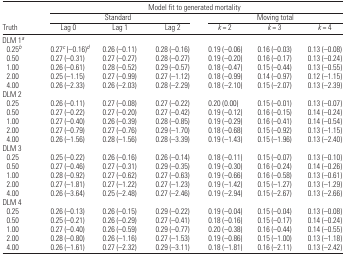
<table><thead><tr><td></td><td colspan="6"><b>Model fit to generated mortality</b></td></tr><tr><td></td><td colspan="3"><b>Standard</b></td><td colspan="3"><b>Moving total</b></td></tr><tr><td><b>Truth</b></td><td><b>Lag 0</b></td><td><b>Lag 1</b></td><td><b>Lag 2</b></td><td><b><i>k</i> = 2</b></td><td><b><i>k</i> = 3</b></td><td><b><i>k</i> = 4</b></td></tr></thead><tbody><tr><td colspan="7">DLM 1a</td></tr><tr><td> 0.25b</td><td>0.27c (−0.16)d</td><td>0.26 (−0.11)</td><td>0.28 (−0.16)</td><td>0.19 (−0.06)</td><td>0.16 (−0.03)</td><td>0.13 (−0.08)</td></tr><tr><td> 0.50</td><td>0.27 (−0.31)</td><td>0.27 (−0.27)</td><td>0.28 (−0.27)</td><td>0.19 (−0.20)</td><td>0.16 (−0.17)</td><td>0.13 (−0.24)</td></tr><tr><td> 1.00</td><td>0.26 (−0.61)</td><td>0.28 (−0.52)</td><td>0.29 (−0.57)</td><td>0.18 (−0.47)</td><td>0.15 (−0.44)</td><td>0.13 (−0.55)</td></tr><tr><td> 2.00</td><td>0.25 (−1.15)</td><td>0.27 (−0.99)</td><td>0.27 (−1.12)</td><td>0.18 (−0.99)</td><td>0.14 (−0.97)</td><td>0.12 (−1.15)</td></tr><tr><td> 4.00</td><td>0.26 (−2.33)</td><td>0.26 (−2.03)</td><td>0.28 (−2.29)</td><td>0.18 (−2.10)</td><td>0.15 (−2.07)</td><td>0.13 (−2.39)</td></tr><tr><td colspan="7">DLM 2</td></tr><tr><td> 0.25</td><td>0.26 (−0.11)</td><td>0.27 (−0.08)</td><td>0.27 (−0.22)</td><td>0.20 (0.00)</td><td>0.15 (−0.01)</td><td>0.13 (−0.07)</td></tr><tr><td> 0.50</td><td>0.27 (−0.22)</td><td>0.27 (−0.20)</td><td>0.27 (−0.42)</td><td>0.19 (−0.12)</td><td>0.16 (−0.15)</td><td>0.14 (−0.24)</td></tr><tr><td> 1.00</td><td>0.27 (−0.40)</td><td>0.26 (−0.39)</td><td>0.28 (−0.85)</td><td>0.19 (−0.29)</td><td>0.16 (−0.41)</td><td>0.14 (−0.54)</td></tr><tr><td> 2.00</td><td>0.27 (−0.79)</td><td>0.27 (−0.76)</td><td>0.29 (−1.70)</td><td>0.18 (−0.68)</td><td>0.15 (−0.92)</td><td>0.13 (−1.15)</td></tr><tr><td> 4.00</td><td>0.26 (−1.56)</td><td>0.28 (−1.56)</td><td>0.28 (−3.39)</td><td>0.19 (−1.43)</td><td>0.15 (−1.96)</td><td>0.13 (−2.40)</td></tr><tr><td colspan="7">DLM 3</td></tr><tr><td> 0.25</td><td>0.25 (−0.22)</td><td>0.26 (−0.16)</td><td>0.26 (−0.14)</td><td>0.18 (−0.11)</td><td>0.15 (−0.07)</td><td>0.13 (−0.10)</td></tr><tr><td> 0.50</td><td>0.27 (−0.46)</td><td>0.27 (−0.31)</td><td>0.29 (−0.35)</td><td>0.19 (−0.30)</td><td>0.16 (−0.24)</td><td>0.14 (−0.26)</td></tr><tr><td> 1.00</td><td>0.28 (−0.92)</td><td>0.27 (−0.62)</td><td>0.27 (−0.63)</td><td>0.19 (−0.66)</td><td>0.16 (−0.58)</td><td>0.13 (−0.61)</td></tr><tr><td> 2.00</td><td>0.27 (−1.81)</td><td>0.27 (−1.22)</td><td>0.27 (−1.23)</td><td>0.19 (−1.42)</td><td>0.15 (−1.27)</td><td>0.13 (−1.29)</td></tr><tr><td> 4.00</td><td>0.26 (−3.64)</td><td>0.25 (−2.48)</td><td>0.27 (−2.46)</td><td>0.19 (−2.94)</td><td>0.15 (−2.67)</td><td>0.13 (−2.66)</td></tr><tr><td colspan="7">DLM 4</td></tr><tr><td> 0.25</td><td>0.26 (−0.13)</td><td>0.26 (−0.15)</td><td>0.29 (−0.22)</td><td>0.19 (−0.04)</td><td>0.15 (−0.04)</td><td>0.13 (−0.08)</td></tr><tr><td> 0.50</td><td>0.25 (−0.21)</td><td>0.26 (−0.29)</td><td>0.27 (−0.41)</td><td>0.18 (−0.16)</td><td>0.15 (−0.17)</td><td>0.14 (−0.24)</td></tr><tr><td> 1.00</td><td>0.27 (−0.40)</td><td>0.26 (−0.59)</td><td>0.29 (−0.77)</td><td>0.20 (−0.38)</td><td>0.16 (−0.44)</td><td>0.14 (−0.55)</td></tr><tr><td> 2.00</td><td>0.28 (−0.80)</td><td>0.26 (−1.16)</td><td>0.27 (−1.53)</td><td>0.19 (−0.86)</td><td>0.15 (−1.00)</td><td>0.13 (−1.18)</td></tr><tr><td> 4.00</td><td>0.26 (−1.61)</td><td>0.27 (−2.32)</td><td>0.29 (−3.11)</td><td>0.18 (−1.81)</td><td>0.16 (−2.11)</td><td>0.13 (−2.42)</td></tr></tbody></table>